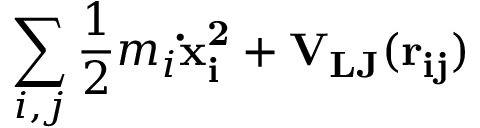
\sum _ { i , j } \frac { 1 } { 2 } m _ { i } \bf \dot { x } _ { i } ^ { 2 } + V _ { L J } ( \bf r _ { i j } )